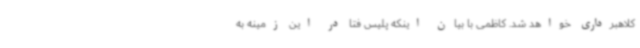
کلاهبرداری خواهد شد. کاظمی با بیان اینکه پلیس فتا در این زمینه به